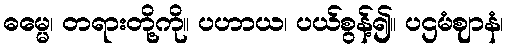
ဓမ္မေ၊ တရားတို့ကို။ ပဟာယ၊ ပယ်စွန့်၍။ ပဌမံဈာနံ၊